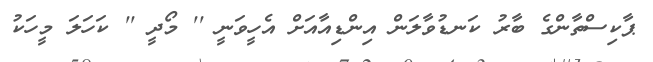
ޕާކިސްތާންގެ ބާރު ކަނޑުވާލަން އިންޑިއާއަށް އެހީވަނީ '' މޯދީ '' ކަހަލަ މީހަކު